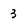
Character: 3